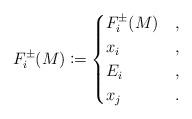
LaTeX: \begin{align*}F_{i}^\pm(M) \coloneqq \begin{cases}F_i^\pm(M) & ,\\x_i & ,\\E_i & ,\\x_j & .\end{cases}\end{align*}